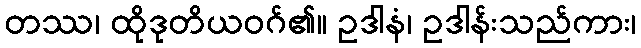
တဿ၊ ထိုဒုတိယဝဂ်၏။ ဥဒါနံ၊ ဥဒါန်းသည်ကား၊